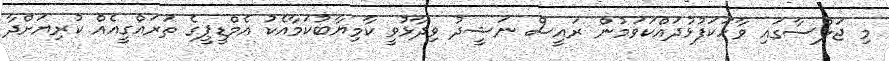
މި ޖަލްސާގައި ވާހަކަފުޅުދައްކަވަމުން ރައީސް ނަޝީދު ވިދާޅުވީ ކާމިޔާބުކަމާއެކު އެމްޑީޕީގެ ތަރައްގީއެއް ކުރިޔަށްދާ